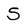
Character: S